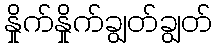
နှိုက်နှိုက်ချွတ်ချွတ်